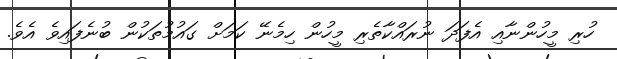
ހުރި މީހުންނާއި އެފަދަ ނުރައްކާތެރި މީހުން ހިމެނޭ ކަމަށް ގައުމުތަކުން ބުނެފައިވެ އެވެ.